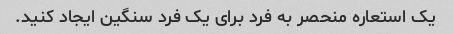
یک استعاره منحصر به فرد برای یک فرد سنگین ایجاد کنید.